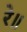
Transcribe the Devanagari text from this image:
रे॥